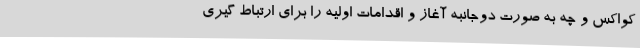
کواکس و چه به صورت دوجانبه آغاز و اقدامات اولیه را برای ارتباط گیری